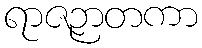
ရာဇဉာတကာ